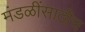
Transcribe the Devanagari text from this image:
मंडळींसाठीच